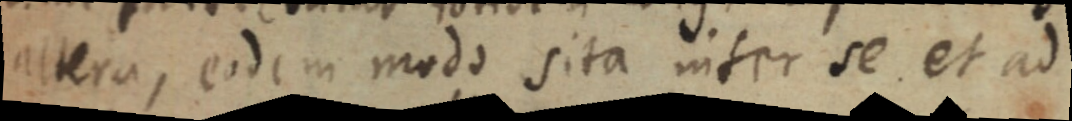
altera, eodem modo sita inter se et ad